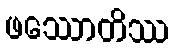
ဖဿောတိဿ